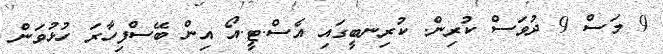
9 މަސް 9 ދުވަސް ކުރިން. ކުރިނބީގައި އެސް.ޓީ.އޯ އިން ބޭސްފިހާރަ ހުޅުވަން